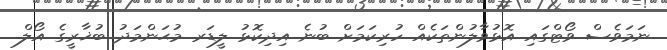
ނަމަވެސް ވޯޓްގައި އޮޅުވާލުންތަކެއް ހުރިކަމަށް ބުނެ އިދިކޮޅު ލީޑަރ މުޙަންމަދު ބުޚާރީގެ އޯލް